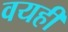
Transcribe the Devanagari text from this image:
वयही